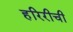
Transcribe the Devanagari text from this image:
हरिरीची